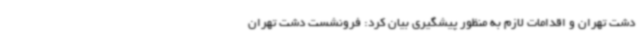
دشت تهران و اقدامات لازم به منظور پیشگیری بیان کرد: فرونشست دشت تهران